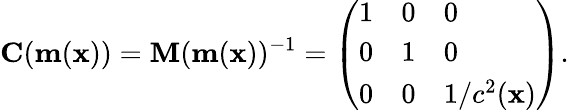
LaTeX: \mathbf{C}(\mathbf{m}(\mathbf{x}))=\mathbf{M}(\mathbf{m}(\mathbf{x}))^{-1}=\left(\begin{array}{lll}{1}&{0}&{0}\\ {0}&{1}&{0}\\ {0}&{0}&{1/c^{2}(\mathbf{x})}\end{array}\right).